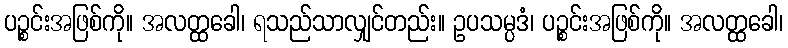
ပဉ္စင်းအဖြစ်ကို။ အလတ္ထခေါ၊ ရသည်သာလျှင်တည်း။ ဥပသမ္ပဒံ၊ ပဉ္စင်းအဖြစ်ကို။ အလတ္ထခေါ၊